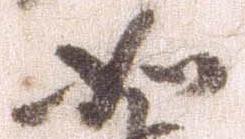
如